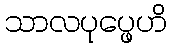
သာလပုပ္ဖေဟိ